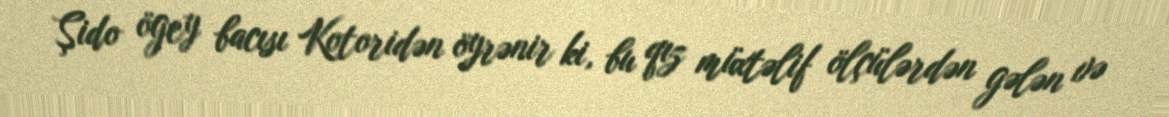
Şido ögey bacısı Kotoridən öyrənir ki, bu qız müxtəlif ölçülərdən gələn və